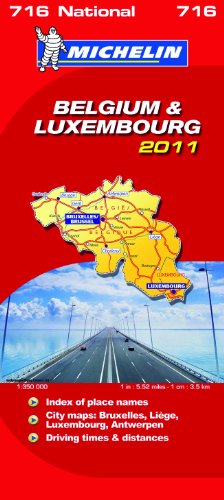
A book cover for Belgium & Luxembourg National Map 2011 2011 (Michelin National Maps); Travel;